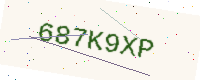
Text: 687K9XP